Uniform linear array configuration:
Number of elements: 48
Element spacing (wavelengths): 0.75
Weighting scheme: exponential
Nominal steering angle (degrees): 30
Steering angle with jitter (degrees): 29.79
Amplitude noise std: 0.05
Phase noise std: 0.05

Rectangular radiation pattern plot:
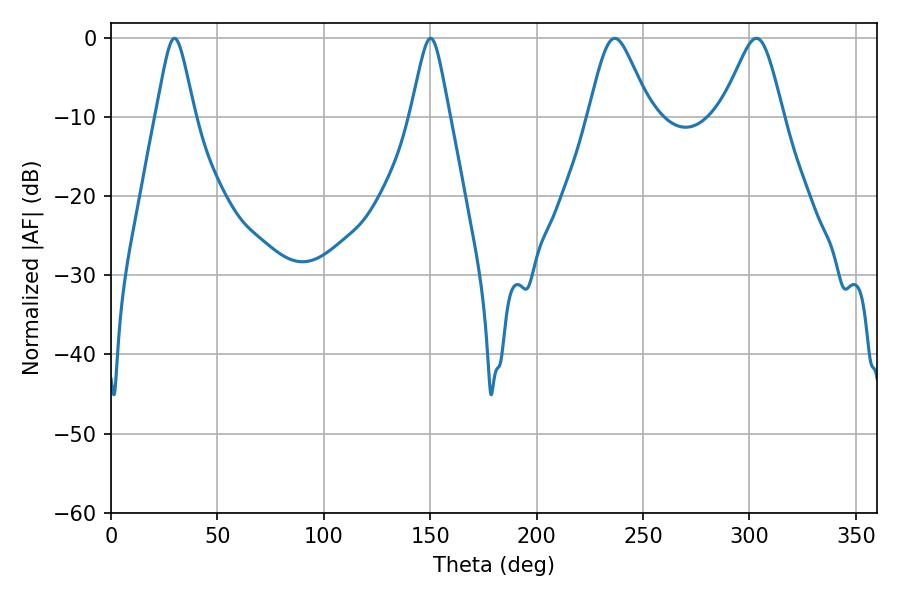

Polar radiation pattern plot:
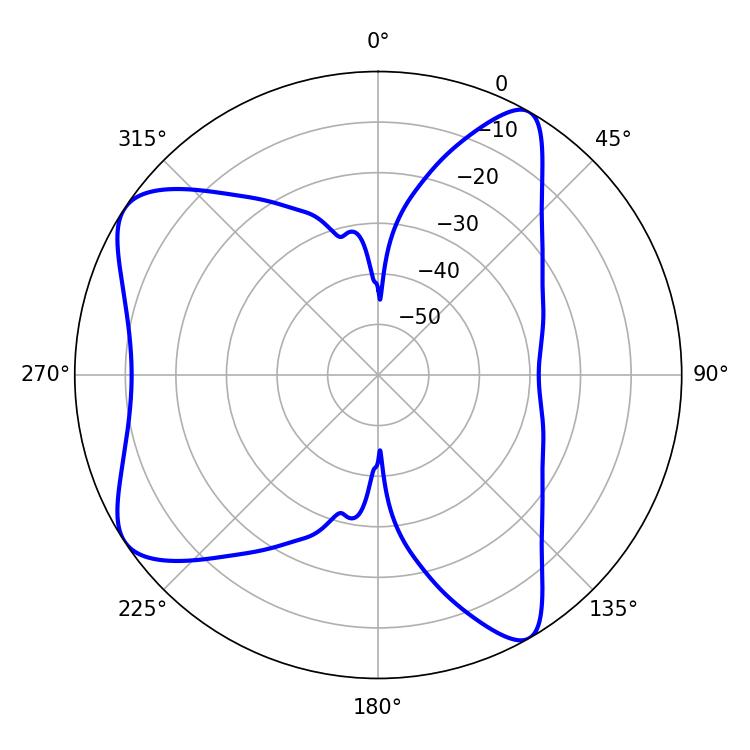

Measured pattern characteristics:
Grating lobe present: TRUE
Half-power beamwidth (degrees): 14.04
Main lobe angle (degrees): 236.7